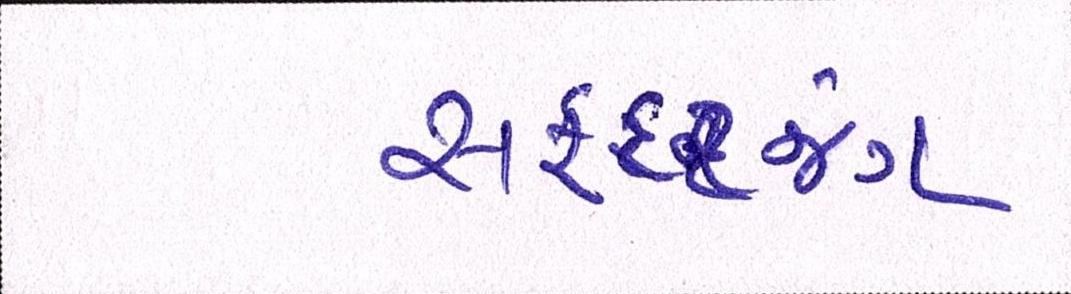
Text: સફદરજંગ